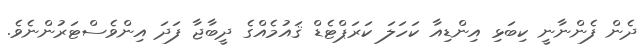
ދެން ފެންނާނީ ކިބަޅި އިންޑިއާ ކަހަލަ ކަރަޕްޓެޑް ޤައުމެއްގެ ދީބާޖާ ފަދަ އިންވެސްޓަރުންނެވެ.